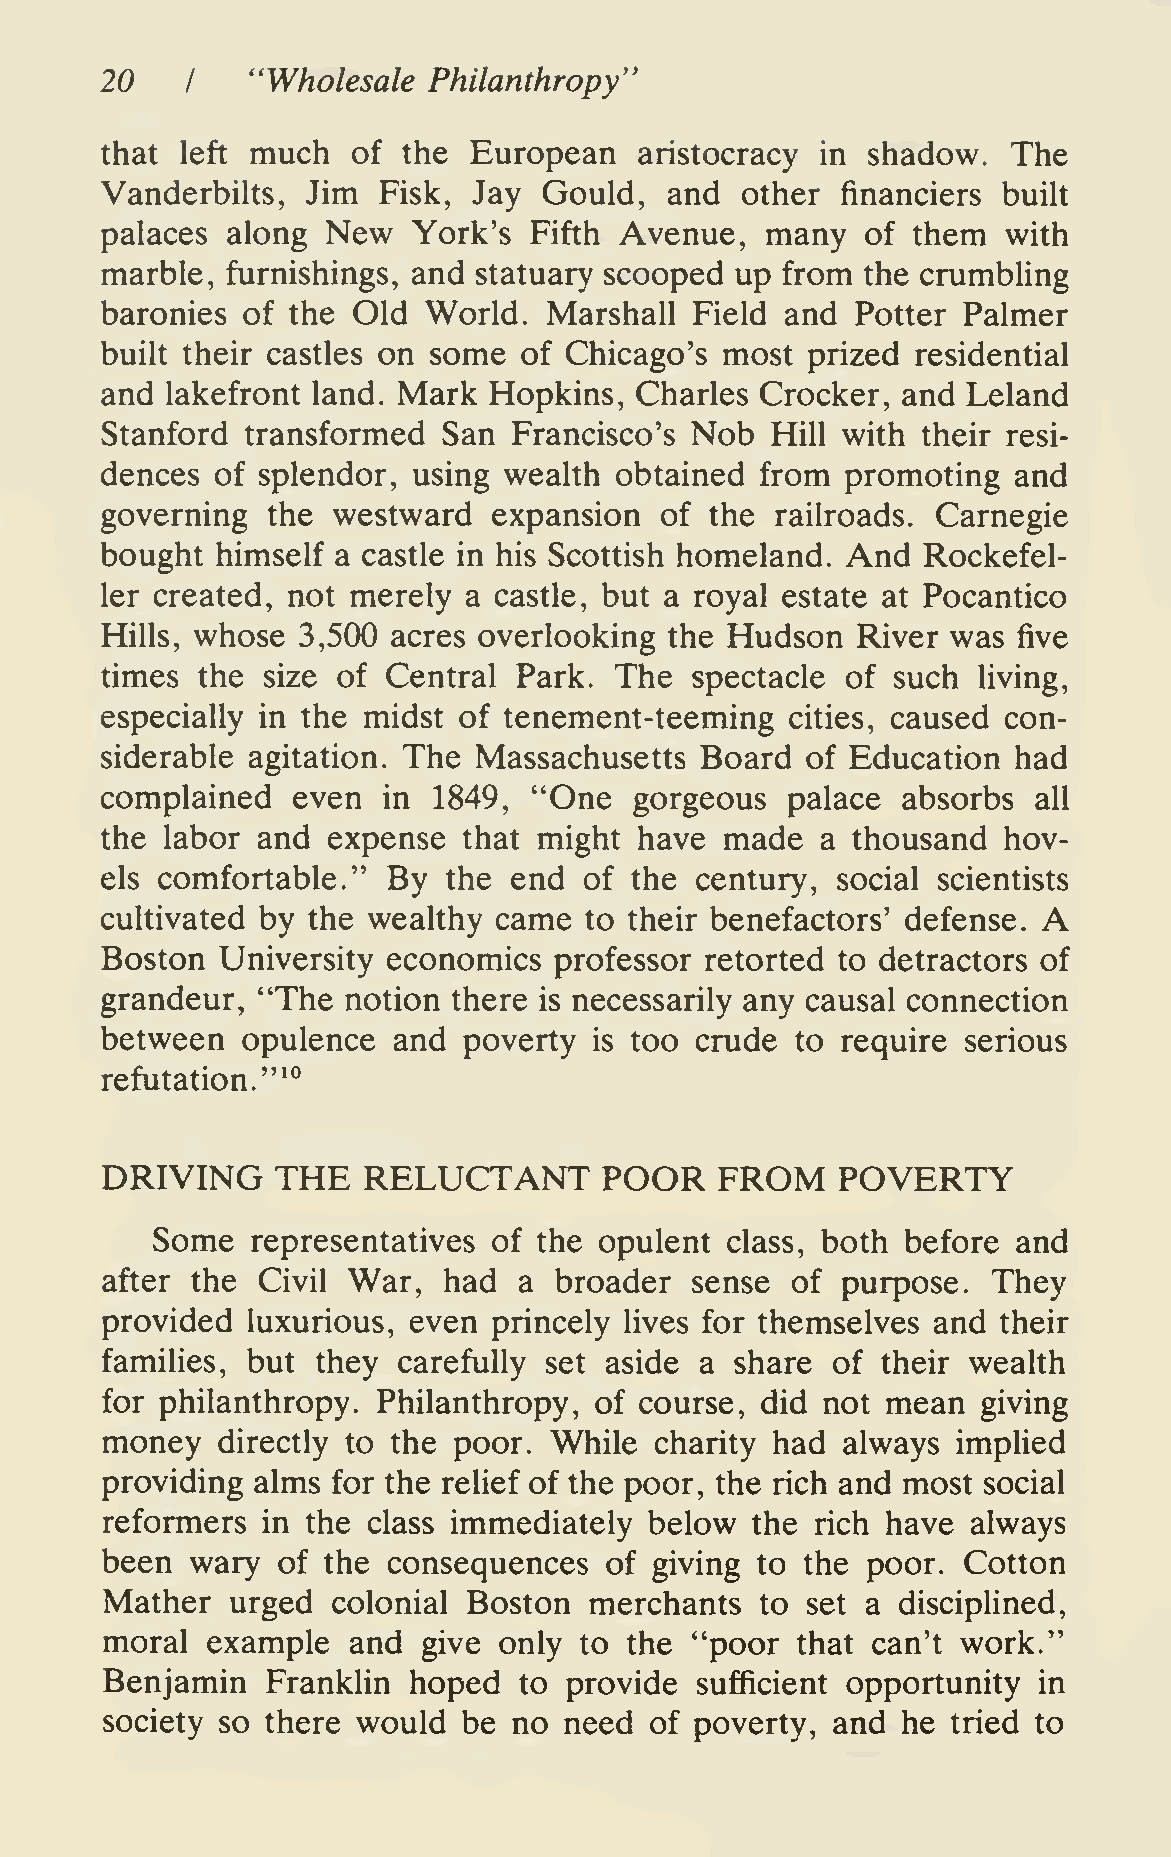
20        "Wholesale Philanthropy*
 I
 that left much  of  the European   aristocracy in shadow.   The
 Vanderbilts, Jim  Fisk, Jay  Gould,  and  other  financiers built
 palaces along  New  York's  Fifth Avenue,   many  of them   with
 marble, furnishings, and statuary scooped up from the crumbling
 baronies of the Old  World.  Marshall  Field and  Potter Palmer
 built their castles on some of Chicago's most prized  residential
 and lakefront land. Mark Hopkins,  Charles Crocker,  and Leland
 Stanford transformed  San  Francisco's Nob  Hill with their resi-
 dences of splendor, using wealth  obtained from  promoting  and
 governing  the westward   expansion  of the railroads. Carnegie
 bought himself a castle in his Scottish homeland. And Rockefel-
 ler created, not merely a castle, but a royal estate at Pocantico
 Hills, whose 3,500 acres overlooking the Hudson   River was five
 times the size of  Central Park.  The  spectacle of such  living,
 especially in the midst of tenement-teeming  cities, caused con-
 siderable agitation. The Massachusetts Board  of Education  had
 complained  even  in  1849, "One   gorgeous  palace  absorbs  all
 the labor and  expense  that might have  made  a thousand  hov-
 els comfortable."  By  the end  of the century, social scientists
 A
 cultivated by the wealthy came  to their benefactors' defense.
 Boston  University economics  professor retorted to detractors of
 grandeur, "The  notion there is necessarily any causal connection
 between  opulence  and  poverty is too crude  to require serious
 "^°
 refutation.
 DRIVING    THE   RELUCTANT       POOR    FROM   POVERTY
 Some   representatives of the opulent class, both before and
 after the Civil War,  had  a  broader  sense of  purpose.  They
 provided luxurious, even  princely lives for themselves and their
 families, but they carefully set aside a  share of their wealth
 for philanthropy. Philanthropy, of course, did not  mean  giving
 money  directly to the poor. While  charity had  always implied
 providing alms for the relief of the poor, the rich and most social
 reformers in the class immediately  below  the rich have always
 been  wary of the  consequences  of giving to the poor.  Cotton
 Mather  urged  colonial Boston  merchants  to set a disciplined,
 moral  example  and  give only to  the "poor  that can't work."
 Benjamin   Franklin hoped  to provide  sufficient opportunity in
 society so there would  be no need  of poverty, and  he tried to